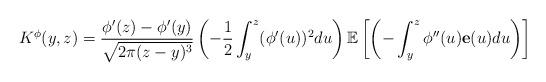
LaTeX: \begin{align*}K^{\phi}(y,z)=\frac{\phi'(z)-\phi'(y)}{\sqrt{2\pi (z-y)^3}} \left (-\frac{1}{2} \int_{y}^{z} (\phi'(u))^2 du \right ) \mathbb{E}\left[ \left (-\int_{y}^{z} \phi''(u) \textbf{e}(u)du \right)\right]\end{align*}